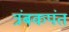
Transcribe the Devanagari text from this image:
त्रंबकपंत